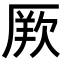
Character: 𭆏